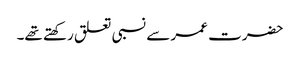
حضرت عمر سے نسبی تعلق رکھتے تھے۔